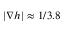
| \nabla h | \approx 1 / 3 . 8